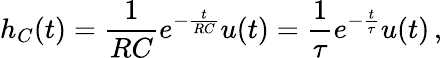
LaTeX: h_{C}(t)={\frac{1}{RC}}e^{-{\frac{t}{RC}}}u(t)={\frac{1}{\tau}}e^{-{\frac{t}{\tau}}}u(t)\, ,